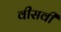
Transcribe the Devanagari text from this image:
वीसवीं